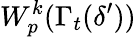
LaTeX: W_{p}^{k}(\Gamma_{t}(\delta^{\prime}))